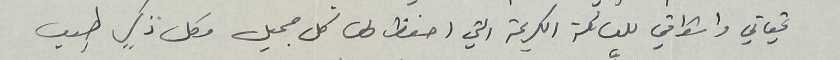
تحياتي واشواقي للعائلة الكريمة التي احفظ لها كل جميل وكل ذكرٍ طيب